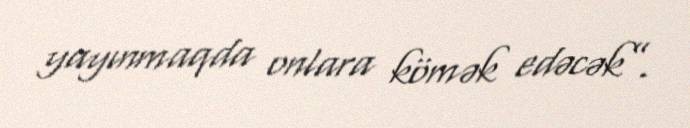
yayınmaqda onlara kömək edəcək”.